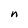
Character: n